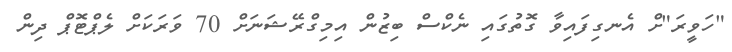
"ހަވީރަ"ށް އެނގިފައިވާ ގޮތުގައި ނެކްސް ބިޒުން އިމިގްރޭޝަނަށް 70 ވަރަކަށް ލެޕްޓޮޕް ދިން